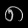
Digit: ၈